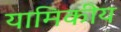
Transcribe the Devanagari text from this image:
यामिकीय